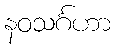
နဝသင်္ဂဟာ